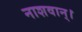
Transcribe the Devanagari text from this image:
नाशवान्।